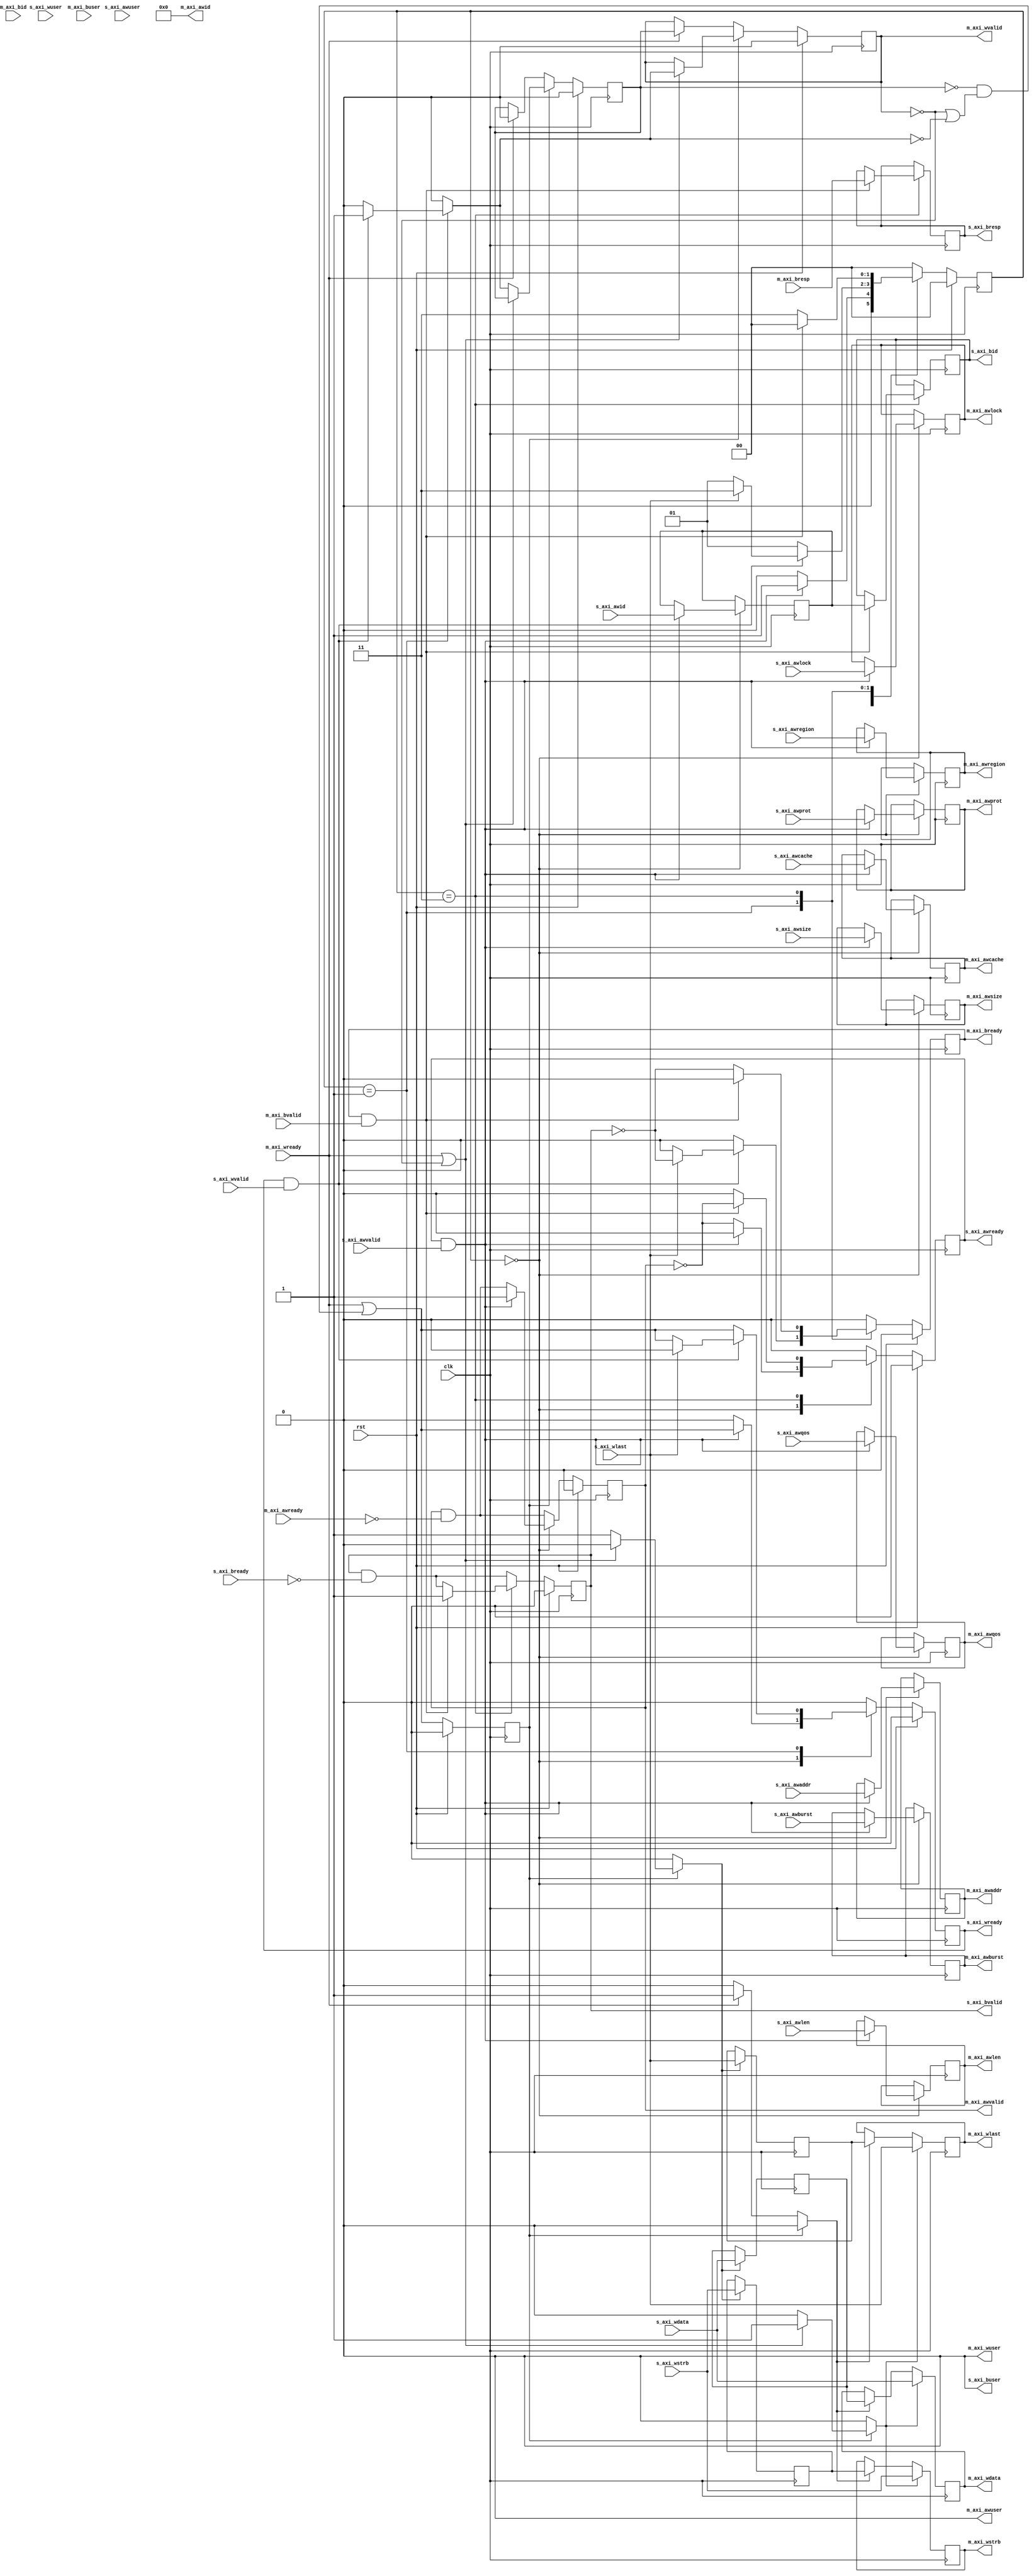
/*

Copyright (c) 2018 Alex Forencich

Permission is hereby granted, free of charge, to any person obtaining a copy
of this software and associated documentation files (the "Software"), to deal
in the Software without restriction, including without limitation the rights
to use, copy, modify, merge, publish, distribute, sublicense, and/or sell
copies of the Software, and to permit persons to whom the Software is
furnished to do so, subject to the following conditions:

The above copyright notice and this permission notice shall be included in
all copies or substantial portions of the Software.

THE SOFTWARE IS PROVIDED "AS IS", WITHOUT WARRANTY OF ANY KIND, EXPRESS OR
IMPLIED, INCLUDING BUT NOT LIMITED TO THE WARRANTIES OF MERCHANTABILITY
FITNESS FOR A PARTICULAR PURPOSE AND NONINFRINGEMENT. IN NO EVENT SHALL THE
AUTHORS OR COPYRIGHT HOLDERS BE LIABLE FOR ANY CLAIM, DAMAGES OR OTHER
LIABILITY, WHETHER IN AN ACTION OF CONTRACT, TORT OR OTHERWISE, ARISING FROM,
OUT OF OR IN CONNECTION WITH THE SOFTWARE OR THE USE OR OTHER DEALINGS IN
THE SOFTWARE.

*/

// Language: Verilog 2001

`timescale 1ns / 1ps

/*
 * AXI4 width adapter
 */
module axi_adapter_wr #
(
    // Width of address bus in bits
    parameter ADDR_WIDTH = 32,
    // Width of input (slave) interface data bus in bits
    parameter S_DATA_WIDTH = 32,
    // Width of input (slave) interface wstrb (width of data bus in words)
    parameter S_STRB_WIDTH = (S_DATA_WIDTH/8),
    // Width of output (master) interface data bus in bits
    parameter M_DATA_WIDTH = 32,
    // Width of output (master) interface wstrb (width of data bus in words)
    parameter M_STRB_WIDTH = (M_DATA_WIDTH/8),
    // Width of ID signal
    parameter ID_WIDTH = 8,
    // Propagate awuser signal
    parameter AWUSER_ENABLE = 0,
    // Width of awuser signal
    parameter AWUSER_WIDTH = 1,
    // Propagate wuser signal
    parameter WUSER_ENABLE = 0,
    // Width of wuser signal
    parameter WUSER_WIDTH = 1,
    // Propagate buser signal
    parameter BUSER_ENABLE = 0,
    // Width of buser signal
    parameter BUSER_WIDTH = 1,
    // When adapting to a wider bus, re-pack full-width burst instead of passing through narrow burst if possible
    parameter CONVERT_BURST = 1,
    // When adapting to a wider bus, re-pack all bursts instead of passing through narrow burst if possible
    parameter CONVERT_NARROW_BURST = 0,
    // Forward ID through adapter
    parameter FORWARD_ID = 0
)
(
    input  wire                     clk,
    input  wire                     rst,

    /*
     * AXI slave interface
     */
    input  wire [ID_WIDTH-1:0]      s_axi_awid,
    input  wire [ADDR_WIDTH-1:0]    s_axi_awaddr,
    input  wire [7:0]               s_axi_awlen,
    input  wire [2:0]               s_axi_awsize,
    input  wire [1:0]               s_axi_awburst,
    input  wire                     s_axi_awlock,
    input  wire [3:0]               s_axi_awcache,
    input  wire [2:0]               s_axi_awprot,
    input  wire [3:0]               s_axi_awqos,
    input  wire [3:0]               s_axi_awregion,
    input  wire [AWUSER_WIDTH-1:0]  s_axi_awuser,
    input  wire                     s_axi_awvalid,
    output wire                     s_axi_awready,
    input  wire [S_DATA_WIDTH-1:0]  s_axi_wdata,
    input  wire [S_STRB_WIDTH-1:0]  s_axi_wstrb,
    input  wire                     s_axi_wlast,
    input  wire [WUSER_WIDTH-1:0]   s_axi_wuser,
    input  wire                     s_axi_wvalid,
    output wire                     s_axi_wready,
    output wire [ID_WIDTH-1:0]      s_axi_bid,
    output wire [1:0]               s_axi_bresp,
    output wire [BUSER_WIDTH-1:0]   s_axi_buser,
    output wire                     s_axi_bvalid,
    input  wire                     s_axi_bready,

    /*
     * AXI master interface
     */
    output wire [ID_WIDTH-1:0]      m_axi_awid,
    output wire [ADDR_WIDTH-1:0]    m_axi_awaddr,
    output wire [7:0]               m_axi_awlen,
    output wire [2:0]               m_axi_awsize,
    output wire [1:0]               m_axi_awburst,
    output wire                     m_axi_awlock,
    output wire [3:0]               m_axi_awcache,
    output wire [2:0]               m_axi_awprot,
    output wire [3:0]               m_axi_awqos,
    output wire [3:0]               m_axi_awregion,
    output wire [AWUSER_WIDTH-1:0]  m_axi_awuser,
    output wire                     m_axi_awvalid,
    input  wire                     m_axi_awready,
    output wire [M_DATA_WIDTH-1:0]  m_axi_wdata,
    output wire [M_STRB_WIDTH-1:0]  m_axi_wstrb,
    output wire                     m_axi_wlast,
    output wire [WUSER_WIDTH-1:0]   m_axi_wuser,
    output wire                     m_axi_wvalid,
    input  wire                     m_axi_wready,
    input  wire [ID_WIDTH-1:0]      m_axi_bid,
    input  wire [1:0]               m_axi_bresp,
    input  wire [BUSER_WIDTH-1:0]   m_axi_buser,
    input  wire                     m_axi_bvalid,
    output wire                     m_axi_bready
);

parameter S_ADDR_BIT_OFFSET = $clog2(S_STRB_WIDTH);
parameter M_ADDR_BIT_OFFSET = $clog2(M_STRB_WIDTH);
parameter S_WORD_WIDTH = S_STRB_WIDTH;
parameter M_WORD_WIDTH = M_STRB_WIDTH;
parameter S_WORD_SIZE = S_DATA_WIDTH/S_WORD_WIDTH;
parameter M_WORD_SIZE = M_DATA_WIDTH/M_WORD_WIDTH;
parameter S_BURST_SIZE = $clog2(S_STRB_WIDTH);
parameter M_BURST_SIZE = $clog2(M_STRB_WIDTH);

// output bus is wider
parameter EXPAND = M_STRB_WIDTH > S_STRB_WIDTH;
parameter DATA_WIDTH = EXPAND ? M_DATA_WIDTH : S_DATA_WIDTH;
parameter STRB_WIDTH = EXPAND ? M_STRB_WIDTH : S_STRB_WIDTH;
// required number of segments in wider bus
parameter SEGMENT_COUNT = EXPAND ? (M_STRB_WIDTH / S_STRB_WIDTH) : (S_STRB_WIDTH / M_STRB_WIDTH);
// data width and keep width per segment
parameter SEGMENT_DATA_WIDTH = DATA_WIDTH / SEGMENT_COUNT;
parameter SEGMENT_STRB_WIDTH = STRB_WIDTH / SEGMENT_COUNT;

// bus width assertions
initial begin
    if (S_WORD_SIZE * S_STRB_WIDTH != S_DATA_WIDTH) begin
        $error("Error: AXI slave interface data width not evenly divisble (instance %m)");
        $finish;
    end

    if (M_WORD_SIZE * M_STRB_WIDTH != M_DATA_WIDTH) begin
        $error("Error: AXI master interface data width not evenly divisble (instance %m)");
        $finish;
    end

    if (S_WORD_SIZE != M_WORD_SIZE) begin
        $error("Error: word size mismatch (instance %m)");
        $finish;
    end

    if (2**$clog2(S_WORD_WIDTH) != S_WORD_WIDTH) begin
        $error("Error: AXI slave interface word width must be even power of two (instance %m)");
        $finish;
    end

    if (2**$clog2(M_WORD_WIDTH) != M_WORD_WIDTH) begin
        $error("Error: AXI master interface word width must be even power of two (instance %m)");
        $finish;
    end
end

localparam [1:0]
    STATE_IDLE = 2'd0,
    STATE_DATA = 2'd1,
    STATE_DATA_2 = 2'd2,
    STATE_RESP = 2'd3;

reg [1:0] state_reg = STATE_IDLE, state_next;

reg [ID_WIDTH-1:0] id_reg = {ID_WIDTH{1'b0}}, id_next;
reg [ADDR_WIDTH-1:0] addr_reg = {ADDR_WIDTH{1'b0}}, addr_next;
reg [DATA_WIDTH-1:0] data_reg = {DATA_WIDTH{1'b0}}, data_next;
reg [STRB_WIDTH-1:0] strb_reg = {STRB_WIDTH{1'b0}}, strb_next;
reg [WUSER_WIDTH-1:0] wuser_reg = {WUSER_WIDTH{1'b0}}, wuser_next;
reg [7:0] burst_reg = 8'd0, burst_next;
reg [2:0] burst_size_reg = 3'd0, burst_size_next;
reg [7:0] master_burst_reg = 8'd0, master_burst_next;
reg [2:0] master_burst_size_reg = 3'd0, master_burst_size_next;
reg burst_active_reg = 1'b0, burst_active_next;
reg first_transfer_reg = 1'b0, first_transfer_next;

reg s_axi_awready_reg = 1'b0, s_axi_awready_next;
reg s_axi_wready_reg = 1'b0, s_axi_wready_next;
reg [ID_WIDTH-1:0] s_axi_bid_reg = {ID_WIDTH{1'b0}}, s_axi_bid_next;
reg [1:0] s_axi_bresp_reg = 2'd0, s_axi_bresp_next;
reg [BUSER_WIDTH-1:0] s_axi_buser_reg = {BUSER_WIDTH{1'b0}}, s_axi_buser_next;
reg s_axi_bvalid_reg = 1'b0, s_axi_bvalid_next;

reg [ID_WIDTH-1:0] m_axi_awid_reg = {ID_WIDTH{1'b0}}, m_axi_awid_next;
reg [ADDR_WIDTH-1:0] m_axi_awaddr_reg = {ADDR_WIDTH{1'b0}}, m_axi_awaddr_next;
reg [7:0] m_axi_awlen_reg = 8'd0, m_axi_awlen_next;
reg [2:0] m_axi_awsize_reg = 3'd0, m_axi_awsize_next;
reg [1:0] m_axi_awburst_reg = 2'd0, m_axi_awburst_next;
reg m_axi_awlock_reg = 1'b0, m_axi_awlock_next;
reg [3:0] m_axi_awcache_reg = 4'd0, m_axi_awcache_next;
reg [2:0] m_axi_awprot_reg = 3'd0, m_axi_awprot_next;
reg [3:0] m_axi_awqos_reg = 4'd0, m_axi_awqos_next;
reg [3:0] m_axi_awregion_reg = 4'd0, m_axi_awregion_next;
reg [AWUSER_WIDTH-1:0] m_axi_awuser_reg = {AWUSER_WIDTH{1'b0}}, m_axi_awuser_next;
reg m_axi_awvalid_reg = 1'b0, m_axi_awvalid_next;
reg m_axi_bready_reg = 1'b0, m_axi_bready_next;

// internal datapath
reg  [M_DATA_WIDTH-1:0] m_axi_wdata_int;
reg  [M_STRB_WIDTH-1:0] m_axi_wstrb_int;
reg                     m_axi_wlast_int;
reg  [WUSER_WIDTH-1:0]  m_axi_wuser_int;
reg                     m_axi_wvalid_int;
reg                     m_axi_wready_int_reg = 1'b0;
wire                    m_axi_wready_int_early;

assign s_axi_awready = s_axi_awready_reg;
assign s_axi_wready = s_axi_wready_reg;
assign s_axi_bid = s_axi_bid_reg;
assign s_axi_bresp = s_axi_bresp_reg;
assign s_axi_buser = BUSER_ENABLE ? s_axi_buser_reg : {BUSER_WIDTH{1'b0}};
assign s_axi_bvalid = s_axi_bvalid_reg;

assign m_axi_awid = FORWARD_ID ? m_axi_awid_reg : {ID_WIDTH{1'b0}};
assign m_axi_awaddr = m_axi_awaddr_reg;
assign m_axi_awlen = m_axi_awlen_reg;
assign m_axi_awsize = m_axi_awsize_reg;
assign m_axi_awburst = m_axi_awburst_reg;
assign m_axi_awlock = m_axi_awlock_reg;
assign m_axi_awcache = m_axi_awcache_reg;
assign m_axi_awprot = m_axi_awprot_reg;
assign m_axi_awqos = m_axi_awqos_reg;
assign m_axi_awregion = m_axi_awregion_reg;
assign m_axi_awuser = AWUSER_ENABLE ? m_axi_awuser_reg : {AWUSER_WIDTH{1'b0}};
assign m_axi_awvalid = m_axi_awvalid_reg;
assign m_axi_bready = m_axi_bready_reg;

integer i;

always @* begin
    state_next = STATE_IDLE;

    id_next = id_reg;
    addr_next = addr_reg;
    data_next = data_reg;
    strb_next = strb_reg;
    wuser_next = wuser_reg;
    burst_next = burst_reg;
    burst_size_next = burst_size_reg;
    master_burst_next = master_burst_reg;
    master_burst_size_next = master_burst_size_reg;
    burst_active_next = burst_active_reg;
    first_transfer_next = first_transfer_reg;

    s_axi_awready_next = 1'b0;
    s_axi_wready_next = 1'b0;
    s_axi_bid_next = s_axi_bid_reg;
    s_axi_bresp_next = s_axi_bresp_reg;
    s_axi_buser_next = s_axi_buser_reg;
    s_axi_bvalid_next = s_axi_bvalid_reg && !s_axi_bready;
    m_axi_awid_next = m_axi_awid_reg;
    m_axi_awaddr_next = m_axi_awaddr_reg;
    m_axi_awlen_next = m_axi_awlen_reg;
    m_axi_awsize_next = m_axi_awsize_reg;
    m_axi_awburst_next = m_axi_awburst_reg;
    m_axi_awlock_next = m_axi_awlock_reg;
    m_axi_awcache_next = m_axi_awcache_reg;
    m_axi_awprot_next = m_axi_awprot_reg;
    m_axi_awqos_next = m_axi_awqos_reg;
    m_axi_awregion_next = m_axi_awregion_reg;
    m_axi_awuser_next = m_axi_awuser_reg;
    m_axi_awvalid_next = m_axi_awvalid_reg && !m_axi_awready;
    m_axi_bready_next = 1'b0;

    if (SEGMENT_COUNT == 1) begin
        // master output is same width; direct transfer with no splitting/merging
        m_axi_wdata_int = s_axi_wdata;
        m_axi_wstrb_int = s_axi_wstrb;
        m_axi_wlast_int = s_axi_wlast;
        m_axi_wuser_int = s_axi_wuser;
        m_axi_wvalid_int = 1'b0;

        case (state_reg)
            STATE_IDLE: begin
                // idle state; wait for new burst
                s_axi_awready_next = !m_axi_awvalid;

                if (s_axi_awready && s_axi_awvalid) begin
                    s_axi_awready_next = 1'b0;
                    id_next = s_axi_awid;
                    m_axi_awid_next = s_axi_awid;
                    m_axi_awaddr_next = s_axi_awaddr;
                    m_axi_awlen_next = s_axi_awlen;
                    m_axi_awsize_next = s_axi_awsize;
                    m_axi_awburst_next = s_axi_awburst;
                    m_axi_awlock_next = s_axi_awlock;
                    m_axi_awcache_next = s_axi_awcache;
                    m_axi_awprot_next = s_axi_awprot;
                    m_axi_awqos_next = s_axi_awqos;
                    m_axi_awregion_next = s_axi_awregion;
                    m_axi_awuser_next = s_axi_awuser;
                    m_axi_awvalid_next = 1'b1;
                    s_axi_wready_next = m_axi_wready_int_early;
                    state_next = STATE_DATA;
                end else begin
                    state_next = STATE_IDLE;
                end
            end
            STATE_DATA: begin
                // data state; transfer write data
                s_axi_wready_next = m_axi_wready_int_early;

                if (s_axi_wready && s_axi_wvalid) begin
                    m_axi_wdata_int = s_axi_wdata;
                    m_axi_wstrb_int = s_axi_wstrb;
                    m_axi_wlast_int = s_axi_wlast;
                    m_axi_wuser_int = s_axi_wuser;
                    m_axi_wvalid_int = 1'b1;
                    if (s_axi_wlast) begin
                        // last data word, wait for response
                        s_axi_wready_next = 1'b0;
                        m_axi_bready_next = !s_axi_bvalid;
                        state_next = STATE_RESP;
                    end else begin
                        state_next = STATE_DATA;
                    end
                end else begin
                    state_next = STATE_DATA;
                end
            end
            STATE_RESP: begin
                // resp state; transfer write response
                m_axi_bready_next = !s_axi_bvalid;

                if (m_axi_bready && m_axi_bvalid) begin
                    m_axi_bready_next = 1'b0;
                    s_axi_bid_next = id_reg;
                    s_axi_bresp_next = m_axi_bresp;
                    s_axi_buser_next = m_axi_buser;
                    s_axi_bvalid_next = 1'b1;
                    s_axi_awready_next = !m_axi_awvalid;
                    state_next = STATE_IDLE;
                end else begin
                    state_next = STATE_RESP;
                end
            end
        endcase
    end else if (EXPAND) begin
        // master output is wider; merge writes
        m_axi_wdata_int = {(M_WORD_WIDTH/S_WORD_WIDTH){s_axi_wdata}};
        m_axi_wstrb_int = s_axi_wstrb;
        m_axi_wlast_int = s_axi_wlast;
        m_axi_wuser_int = s_axi_wuser;
        m_axi_wvalid_int = 1'b0;

        case (state_reg)
            STATE_IDLE: begin
                // idle state; wait for new burst
                s_axi_awready_next = !m_axi_awvalid;

                data_next = {DATA_WIDTH{1'b0}};
                strb_next = {STRB_WIDTH{1'b0}};

                if (s_axi_awready && s_axi_awvalid) begin
                    s_axi_awready_next = 1'b0;
                    id_next = s_axi_awid;
                    m_axi_awid_next = s_axi_awid;
                    m_axi_awaddr_next = s_axi_awaddr;
                    addr_next = s_axi_awaddr;
                    burst_next = s_axi_awlen;
                    burst_size_next = s_axi_awsize;
                    if (CONVERT_BURST && s_axi_awcache[1] && (CONVERT_NARROW_BURST || s_axi_awsize == S_BURST_SIZE)) begin
                        // merge writes
                        // require CONVERT_BURST and awcache[1] set
                        master_burst_size_next = M_BURST_SIZE;
                        if (CONVERT_NARROW_BURST) begin
                            m_axi_awlen_next = (({{S_ADDR_BIT_OFFSET+1{1'b0}}, s_axi_awlen} << s_axi_awsize) + s_axi_awaddr[M_ADDR_BIT_OFFSET-1:0]) >> M_BURST_SIZE;
                        end else begin
                            m_axi_awlen_next = ({1'b0, s_axi_awlen} + s_axi_awaddr[M_ADDR_BIT_OFFSET-1:S_ADDR_BIT_OFFSET]) >> $clog2(SEGMENT_COUNT);
                        end
                        m_axi_awsize_next = M_BURST_SIZE;
                        state_next = STATE_DATA_2;
                    end else begin
                        // output narrow burst
                        master_burst_size_next = s_axi_awsize;
                        m_axi_awlen_next = s_axi_awlen;
                        m_axi_awsize_next = s_axi_awsize;
                        state_next = STATE_DATA;
                    end
                    m_axi_awburst_next = s_axi_awburst;
                    m_axi_awlock_next = s_axi_awlock;
                    m_axi_awcache_next = s_axi_awcache;
                    m_axi_awprot_next = s_axi_awprot;
                    m_axi_awqos_next = s_axi_awqos;
                    m_axi_awregion_next = s_axi_awregion;
                    m_axi_awuser_next = s_axi_awuser;
                    m_axi_awvalid_next = 1'b1;
                    s_axi_wready_next = m_axi_wready_int_early;
                end else begin
                    state_next = STATE_IDLE;
                end
            end
            STATE_DATA: begin
                // data state; transfer write data
                s_axi_wready_next = m_axi_wready_int_early;

                if (s_axi_wready && s_axi_wvalid) begin
                    m_axi_wdata_int = {(M_WORD_WIDTH/S_WORD_WIDTH){s_axi_wdata}};
                    m_axi_wstrb_int = s_axi_wstrb << (addr_reg[M_ADDR_BIT_OFFSET-1:S_ADDR_BIT_OFFSET] * S_STRB_WIDTH);
                    m_axi_wlast_int = s_axi_wlast;
                    m_axi_wuser_int = s_axi_wuser;
                    m_axi_wvalid_int = 1'b1;
                    addr_next = addr_reg + (1 << burst_size_reg);
                    if (s_axi_wlast) begin
                        s_axi_wready_next = 1'b0;
                        m_axi_bready_next = !s_axi_bvalid;
                        state_next = STATE_RESP;
                    end else begin
                        state_next = STATE_DATA;
                    end
                end else begin
                    state_next = STATE_DATA;
                end
            end
            STATE_DATA_2: begin
                s_axi_wready_next = m_axi_wready_int_early;

                if (s_axi_wready && s_axi_wvalid) begin
                    if (CONVERT_NARROW_BURST) begin
                        for (i = 0; i < S_WORD_WIDTH; i = i + 1) begin
                            if (s_axi_wstrb[i]) begin
                                data_next[addr_reg[M_ADDR_BIT_OFFSET-1:S_ADDR_BIT_OFFSET]*SEGMENT_DATA_WIDTH+i*M_WORD_SIZE +: M_WORD_SIZE] = s_axi_wdata[i*M_WORD_SIZE +: M_WORD_SIZE];
                                strb_next[addr_reg[M_ADDR_BIT_OFFSET-1:S_ADDR_BIT_OFFSET]*SEGMENT_STRB_WIDTH+i] = 1'b1;
                            end
                        end
                    end else begin
                        data_next[addr_reg[M_ADDR_BIT_OFFSET-1:S_ADDR_BIT_OFFSET]*SEGMENT_DATA_WIDTH +: SEGMENT_DATA_WIDTH] = s_axi_wdata;
                        strb_next[addr_reg[M_ADDR_BIT_OFFSET-1:S_ADDR_BIT_OFFSET]*SEGMENT_STRB_WIDTH +: SEGMENT_STRB_WIDTH] = s_axi_wstrb;
                    end
                    m_axi_wdata_int = data_next;
                    m_axi_wstrb_int = strb_next;
                    m_axi_wlast_int = s_axi_wlast;
                    m_axi_wuser_int = s_axi_wuser;
                    burst_next = burst_reg - 1;
                    addr_next = addr_reg + (1 << burst_size_reg);
                    if (addr_next[master_burst_size_reg] != addr_reg[master_burst_size_reg]) begin
                        data_next = {DATA_WIDTH{1'b0}};
                        strb_next = {STRB_WIDTH{1'b0}};
                        m_axi_wvalid_int = 1'b1;
                    end
                    if (burst_reg == 0) begin
                        m_axi_wvalid_int = 1'b1;
                        s_axi_wready_next = 1'b0;
                        m_axi_bready_next = !s_axi_bvalid;
                        state_next = STATE_RESP;
                    end else begin
                        state_next = STATE_DATA_2;
                    end
                end else begin
                    state_next = STATE_DATA_2;
                end
            end
            STATE_RESP: begin
                // resp state; transfer write response
                m_axi_bready_next = !s_axi_bvalid;

                if (m_axi_bready && m_axi_bvalid) begin
                    m_axi_bready_next = 1'b0;
                    s_axi_bid_next = id_reg;
                    s_axi_bresp_next = m_axi_bresp;
                    s_axi_buser_next = m_axi_buser;
                    s_axi_bvalid_next = 1'b1;
                    s_axi_awready_next = !m_axi_awvalid;
                    state_next = STATE_IDLE;
                end else begin
                    state_next = STATE_RESP;
                end
            end
        endcase
    end else begin
        // master output is narrower; split writes, and possibly split burst
        m_axi_wdata_int = data_reg;
        m_axi_wstrb_int = strb_reg;
        m_axi_wlast_int = 1'b0;
        m_axi_wuser_int = wuser_reg;
        m_axi_wvalid_int = 1'b0;

        case (state_reg)
            STATE_IDLE: begin
                // idle state; wait for new burst
                s_axi_awready_next = !m_axi_awvalid;

                first_transfer_next = 1'b1;

                if (s_axi_awready && s_axi_awvalid) begin
                    s_axi_awready_next = 1'b0;
                    id_next = s_axi_awid;
                    m_axi_awid_next = s_axi_awid;
                    m_axi_awaddr_next = s_axi_awaddr;
                    addr_next = s_axi_awaddr;
                    burst_next = s_axi_awlen;
                    burst_size_next = s_axi_awsize;
                    burst_active_next = 1'b1;
                    if (s_axi_awsize > M_BURST_SIZE) begin
                        // need to adjust burst size
                        if ({s_axi_awlen, {S_BURST_SIZE-M_BURST_SIZE{1'b1}}} >> (S_BURST_SIZE-s_axi_awsize) > 255) begin
                            // limit burst length to max
                            master_burst_next = 8'd255;
                        end else begin
                            master_burst_next = {s_axi_awlen, {S_BURST_SIZE-M_BURST_SIZE{1'b1}}} >> (S_BURST_SIZE-s_axi_awsize);
                        end
                        master_burst_size_next = M_BURST_SIZE;
                        m_axi_awlen_next = master_burst_next;
                        m_axi_awsize_next = master_burst_size_next;
                    end else begin
                        // pass through narrow (enough) burst
                        master_burst_next = s_axi_awlen;
                        master_burst_size_next = s_axi_awsize;
                        m_axi_awlen_next = s_axi_awlen;
                        m_axi_awsize_next = s_axi_awsize;
                    end
                    m_axi_awburst_next = s_axi_awburst;
                    m_axi_awlock_next = s_axi_awlock;
                    m_axi_awcache_next = s_axi_awcache;
                    m_axi_awprot_next = s_axi_awprot;
                    m_axi_awqos_next = s_axi_awqos;
                    m_axi_awregion_next = s_axi_awregion;
                    m_axi_awuser_next = s_axi_awuser;
                    m_axi_awvalid_next = 1'b1;
                    s_axi_wready_next = m_axi_wready_int_early;
                    state_next = STATE_DATA;
                end else begin
                    state_next = STATE_IDLE;
                end
            end
            STATE_DATA: begin
                s_axi_wready_next = m_axi_wready_int_early;

                if (s_axi_wready && s_axi_wvalid) begin
                    data_next = s_axi_wdata;
                    strb_next = s_axi_wstrb;
                    wuser_next = s_axi_wuser;
                    m_axi_wdata_int = s_axi_wdata >> (addr_reg[S_ADDR_BIT_OFFSET-1:M_ADDR_BIT_OFFSET] * M_DATA_WIDTH);
                    m_axi_wstrb_int = s_axi_wstrb >> (addr_reg[S_ADDR_BIT_OFFSET-1:M_ADDR_BIT_OFFSET] * M_STRB_WIDTH);
                    m_axi_wlast_int = 1'b0;
                    m_axi_wuser_int = s_axi_wuser;
                    m_axi_wvalid_int = 1'b1;
                    burst_next = burst_reg - 1;
                    burst_active_next = burst_reg != 0;
                    master_burst_next = master_burst_reg - 1;
                    addr_next = addr_reg + (1 << master_burst_size_reg);
                    if (master_burst_reg == 0) begin
                        s_axi_wready_next = 1'b0;
                        m_axi_bready_next = !s_axi_bvalid && !s_axi_awvalid;
                        m_axi_wlast_int = 1'b1;
                        state_next = STATE_RESP;
                    end else if (addr_next[burst_size_reg] != addr_reg[burst_size_reg]) begin
                        state_next = STATE_DATA;
                    end else begin
                        s_axi_wready_next = 1'b0;
                        state_next = STATE_DATA_2;
                    end
                end else begin
                    state_next = STATE_DATA;
                end
            end
            STATE_DATA_2: begin
                s_axi_wready_next = 1'b0;

                if (m_axi_wready_int_reg) begin
                    m_axi_wdata_int = data_reg >> (addr_reg[S_ADDR_BIT_OFFSET-1:M_ADDR_BIT_OFFSET] * M_DATA_WIDTH);
                    m_axi_wstrb_int = strb_reg >> (addr_reg[S_ADDR_BIT_OFFSET-1:M_ADDR_BIT_OFFSET] * M_STRB_WIDTH);
                    m_axi_wlast_int = 1'b0;
                    m_axi_wuser_int = wuser_reg;
                    m_axi_wvalid_int = 1'b1;
                    master_burst_next = master_burst_reg - 1;
                    addr_next = addr_reg + (1 << master_burst_size_reg);
                    if (master_burst_reg == 0) begin
                        // burst on master interface finished; transfer response
                        s_axi_wready_next = 1'b0;
                        m_axi_bready_next = !s_axi_bvalid && !m_axi_awvalid;
                        m_axi_wlast_int = 1'b1;
                        state_next = STATE_RESP;
                    end else if (addr_next[burst_size_reg] != addr_reg[burst_size_reg]) begin
                        state_next = STATE_DATA;
                    end else begin
                        s_axi_wready_next = 1'b0;
                        state_next = STATE_DATA_2;
                    end
                end else begin
                    state_next = STATE_DATA_2;
                end
            end
            STATE_RESP: begin
                // resp state; transfer write response
                m_axi_bready_next = !s_axi_bvalid && !m_axi_awvalid;

                if (m_axi_bready && m_axi_bvalid) begin
                    first_transfer_next = 1'b0;
                    m_axi_bready_next = 1'b0;
                    s_axi_bid_next = id_reg;
                    if (first_transfer_reg || m_axi_bresp != 0) begin
                        s_axi_bresp_next = m_axi_bresp;
                    end
                    if (burst_active_reg) begin
                        // burst on slave interface still active; start new burst
                        m_axi_awaddr_next = addr_reg;
                        if (burst_size_reg > M_BURST_SIZE) begin
                            // need to adjust burst size
                            if ({burst_reg, {S_BURST_SIZE-M_BURST_SIZE{1'b1}}} >> (S_BURST_SIZE-burst_size_reg) > 255) begin
                                // limit burst length to max
                                master_burst_next = 8'd255;
                            end else begin
                                master_burst_next = {burst_reg, {S_BURST_SIZE-M_BURST_SIZE{1'b1}}} >> (S_BURST_SIZE-burst_size_reg);
                            end
                            master_burst_size_next = M_BURST_SIZE;
                            m_axi_awlen_next = master_burst_next;
                            m_axi_awsize_next = master_burst_size_next;
                        end else begin
                            // pass through narrow (enough) burst
                            master_burst_next = burst_reg;
                            master_burst_size_next = burst_size_reg;
                            m_axi_awlen_next = burst_reg;
                            m_axi_awsize_next = burst_size_reg;
                        end
                        m_axi_awvalid_next = 1'b1;
                        state_next = STATE_DATA;
                    end else begin
                        // burst on slave interface finished; return to idle
                        s_axi_bvalid_next = 1'b1;
                        s_axi_awready_next = !m_axi_awvalid;
                        state_next = STATE_IDLE;
                    end
                end else begin
                    state_next = STATE_RESP;
                end
            end
        endcase
    end
end

always @(posedge clk) begin
    if (rst) begin
        state_reg <= STATE_IDLE;
        s_axi_awready_reg <= 1'b0;
        s_axi_wready_reg <= 1'b0;
        s_axi_bvalid_reg <= 1'b0;
        m_axi_awvalid_reg <= 1'b0;
        m_axi_bready_reg <= 1'b0;
    end else begin
        state_reg <= state_next;
        s_axi_awready_reg <= s_axi_awready_next;
        s_axi_wready_reg <= s_axi_wready_next;
        s_axi_bvalid_reg <= s_axi_bvalid_next;
        m_axi_awvalid_reg <= m_axi_awvalid_next;
        m_axi_bready_reg <= m_axi_bready_next;
    end

    id_reg <= id_next;
    addr_reg <= addr_next;
    data_reg <= data_next;
    strb_reg <= strb_next;
    wuser_reg <= wuser_next;
    burst_reg <= burst_next;
    burst_size_reg <= burst_size_next;
    master_burst_reg <= master_burst_next;
    master_burst_size_reg <= master_burst_size_next;
    burst_active_reg <= burst_active_next;
    first_transfer_reg <= first_transfer_next;

    s_axi_bid_reg <= s_axi_bid_next;
    s_axi_bresp_reg <= s_axi_bresp_next;
    s_axi_buser_reg <= s_axi_buser_next;
    m_axi_awid_reg <= m_axi_awid_next;
    m_axi_awaddr_reg <= m_axi_awaddr_next;
    m_axi_awlen_reg <= m_axi_awlen_next;
    m_axi_awsize_reg <= m_axi_awsize_next;
    m_axi_awburst_reg <= m_axi_awburst_next;
    m_axi_awlock_reg <= m_axi_awlock_next;
    m_axi_awcache_reg <= m_axi_awcache_next;
    m_axi_awprot_reg <= m_axi_awprot_next;
    m_axi_awqos_reg <= m_axi_awqos_next;
    m_axi_awregion_reg <= m_axi_awregion_next;
    m_axi_awuser_reg <= m_axi_awuser_next;
end

// output datapath logic
reg [M_DATA_WIDTH-1:0] m_axi_wdata_reg  = {M_DATA_WIDTH{1'b0}};
reg [M_STRB_WIDTH-1:0] m_axi_wstrb_reg  = {M_STRB_WIDTH{1'b0}};
reg                    m_axi_wlast_reg  = 1'b0;
reg [WUSER_WIDTH-1:0]  m_axi_wuser_reg  = 1'b0;
reg                    m_axi_wvalid_reg = 1'b0, m_axi_wvalid_next;

reg [M_DATA_WIDTH-1:0] temp_m_axi_wdata_reg  = {M_DATA_WIDTH{1'b0}};
reg [M_STRB_WIDTH-1:0] temp_m_axi_wstrb_reg  = {M_STRB_WIDTH{1'b0}};
reg                    temp_m_axi_wlast_reg  = 1'b0;
reg [WUSER_WIDTH-1:0]  temp_m_axi_wuser_reg  = 1'b0;
reg                    temp_m_axi_wvalid_reg = 1'b0, temp_m_axi_wvalid_next;

// datapath control
reg store_axi_w_int_to_output;
reg store_axi_w_int_to_temp;
reg store_axi_w_temp_to_output;

assign m_axi_wdata  = m_axi_wdata_reg;
assign m_axi_wstrb  = m_axi_wstrb_reg;
assign m_axi_wlast  = m_axi_wlast_reg;
assign m_axi_wuser  = WUSER_ENABLE ? m_axi_wuser_reg : {WUSER_WIDTH{1'b0}};
assign m_axi_wvalid = m_axi_wvalid_reg;

// enable ready input next cycle if output is ready or the temp reg will not be filled on the next cycle (output reg empty or no input)
assign m_axi_wready_int_early = m_axi_wready | (~temp_m_axi_wvalid_reg & (~m_axi_wvalid_reg | ~m_axi_wvalid_int));

always @* begin
    // transfer sink ready state to source
    m_axi_wvalid_next = m_axi_wvalid_reg;
    temp_m_axi_wvalid_next = temp_m_axi_wvalid_reg;

    store_axi_w_int_to_output = 1'b0;
    store_axi_w_int_to_temp = 1'b0;
    store_axi_w_temp_to_output = 1'b0;

    if (m_axi_wready_int_reg) begin
        // input is ready
        if (m_axi_wready | ~m_axi_wvalid_reg) begin
            // output is ready or currently not valid, transfer data to output
            m_axi_wvalid_next = m_axi_wvalid_int;
            store_axi_w_int_to_output = 1'b1;
        end else begin
            // output is not ready, store input in temp
            temp_m_axi_wvalid_next = m_axi_wvalid_int;
            store_axi_w_int_to_temp = 1'b1;
        end
    end else if (m_axi_wready) begin
        // input is not ready, but output is ready
        m_axi_wvalid_next = temp_m_axi_wvalid_reg;
        temp_m_axi_wvalid_next = 1'b0;
        store_axi_w_temp_to_output = 1'b1;
    end
end

always @(posedge clk) begin
    if (rst) begin
        m_axi_wvalid_reg <= 1'b0;
        m_axi_wready_int_reg <= 1'b0;
        temp_m_axi_wvalid_reg <= 1'b0;
    end else begin
        m_axi_wvalid_reg <= m_axi_wvalid_next;
        m_axi_wready_int_reg <= m_axi_wready_int_early;
        temp_m_axi_wvalid_reg <= temp_m_axi_wvalid_next;
    end

    // datapath
    if (store_axi_w_int_to_output) begin
        m_axi_wdata_reg <= m_axi_wdata_int;
        m_axi_wstrb_reg <= m_axi_wstrb_int;
        m_axi_wlast_reg <= m_axi_wlast_int;
        m_axi_wuser_reg <= m_axi_wuser_int;
    end else if (store_axi_w_temp_to_output) begin
        m_axi_wdata_reg <= temp_m_axi_wdata_reg;
        m_axi_wstrb_reg <= temp_m_axi_wstrb_reg;
        m_axi_wlast_reg <= temp_m_axi_wlast_reg;
        m_axi_wuser_reg <= temp_m_axi_wuser_reg;
    end

    if (store_axi_w_int_to_temp) begin
        temp_m_axi_wdata_reg <= m_axi_wdata_int;
        temp_m_axi_wstrb_reg <= m_axi_wstrb_int;
        temp_m_axi_wlast_reg <= m_axi_wlast_int;
        temp_m_axi_wuser_reg <= m_axi_wuser_int;
    end
end

endmodule